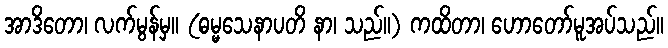
အာဒိတော၊ လက်မွန်မှ။ (ဓမ္မသေနာပတိ နာ၊ သည်။) ကထိတာ၊ ဟောတော်မူအပ်သည်။